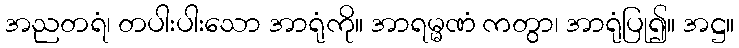
အညတရံ၊ တပါးပါးသော အာရုံကို။ အာရမ္မဏံ ကတွာ၊ အာရုံပြု၍။ အဋ္ဌ။